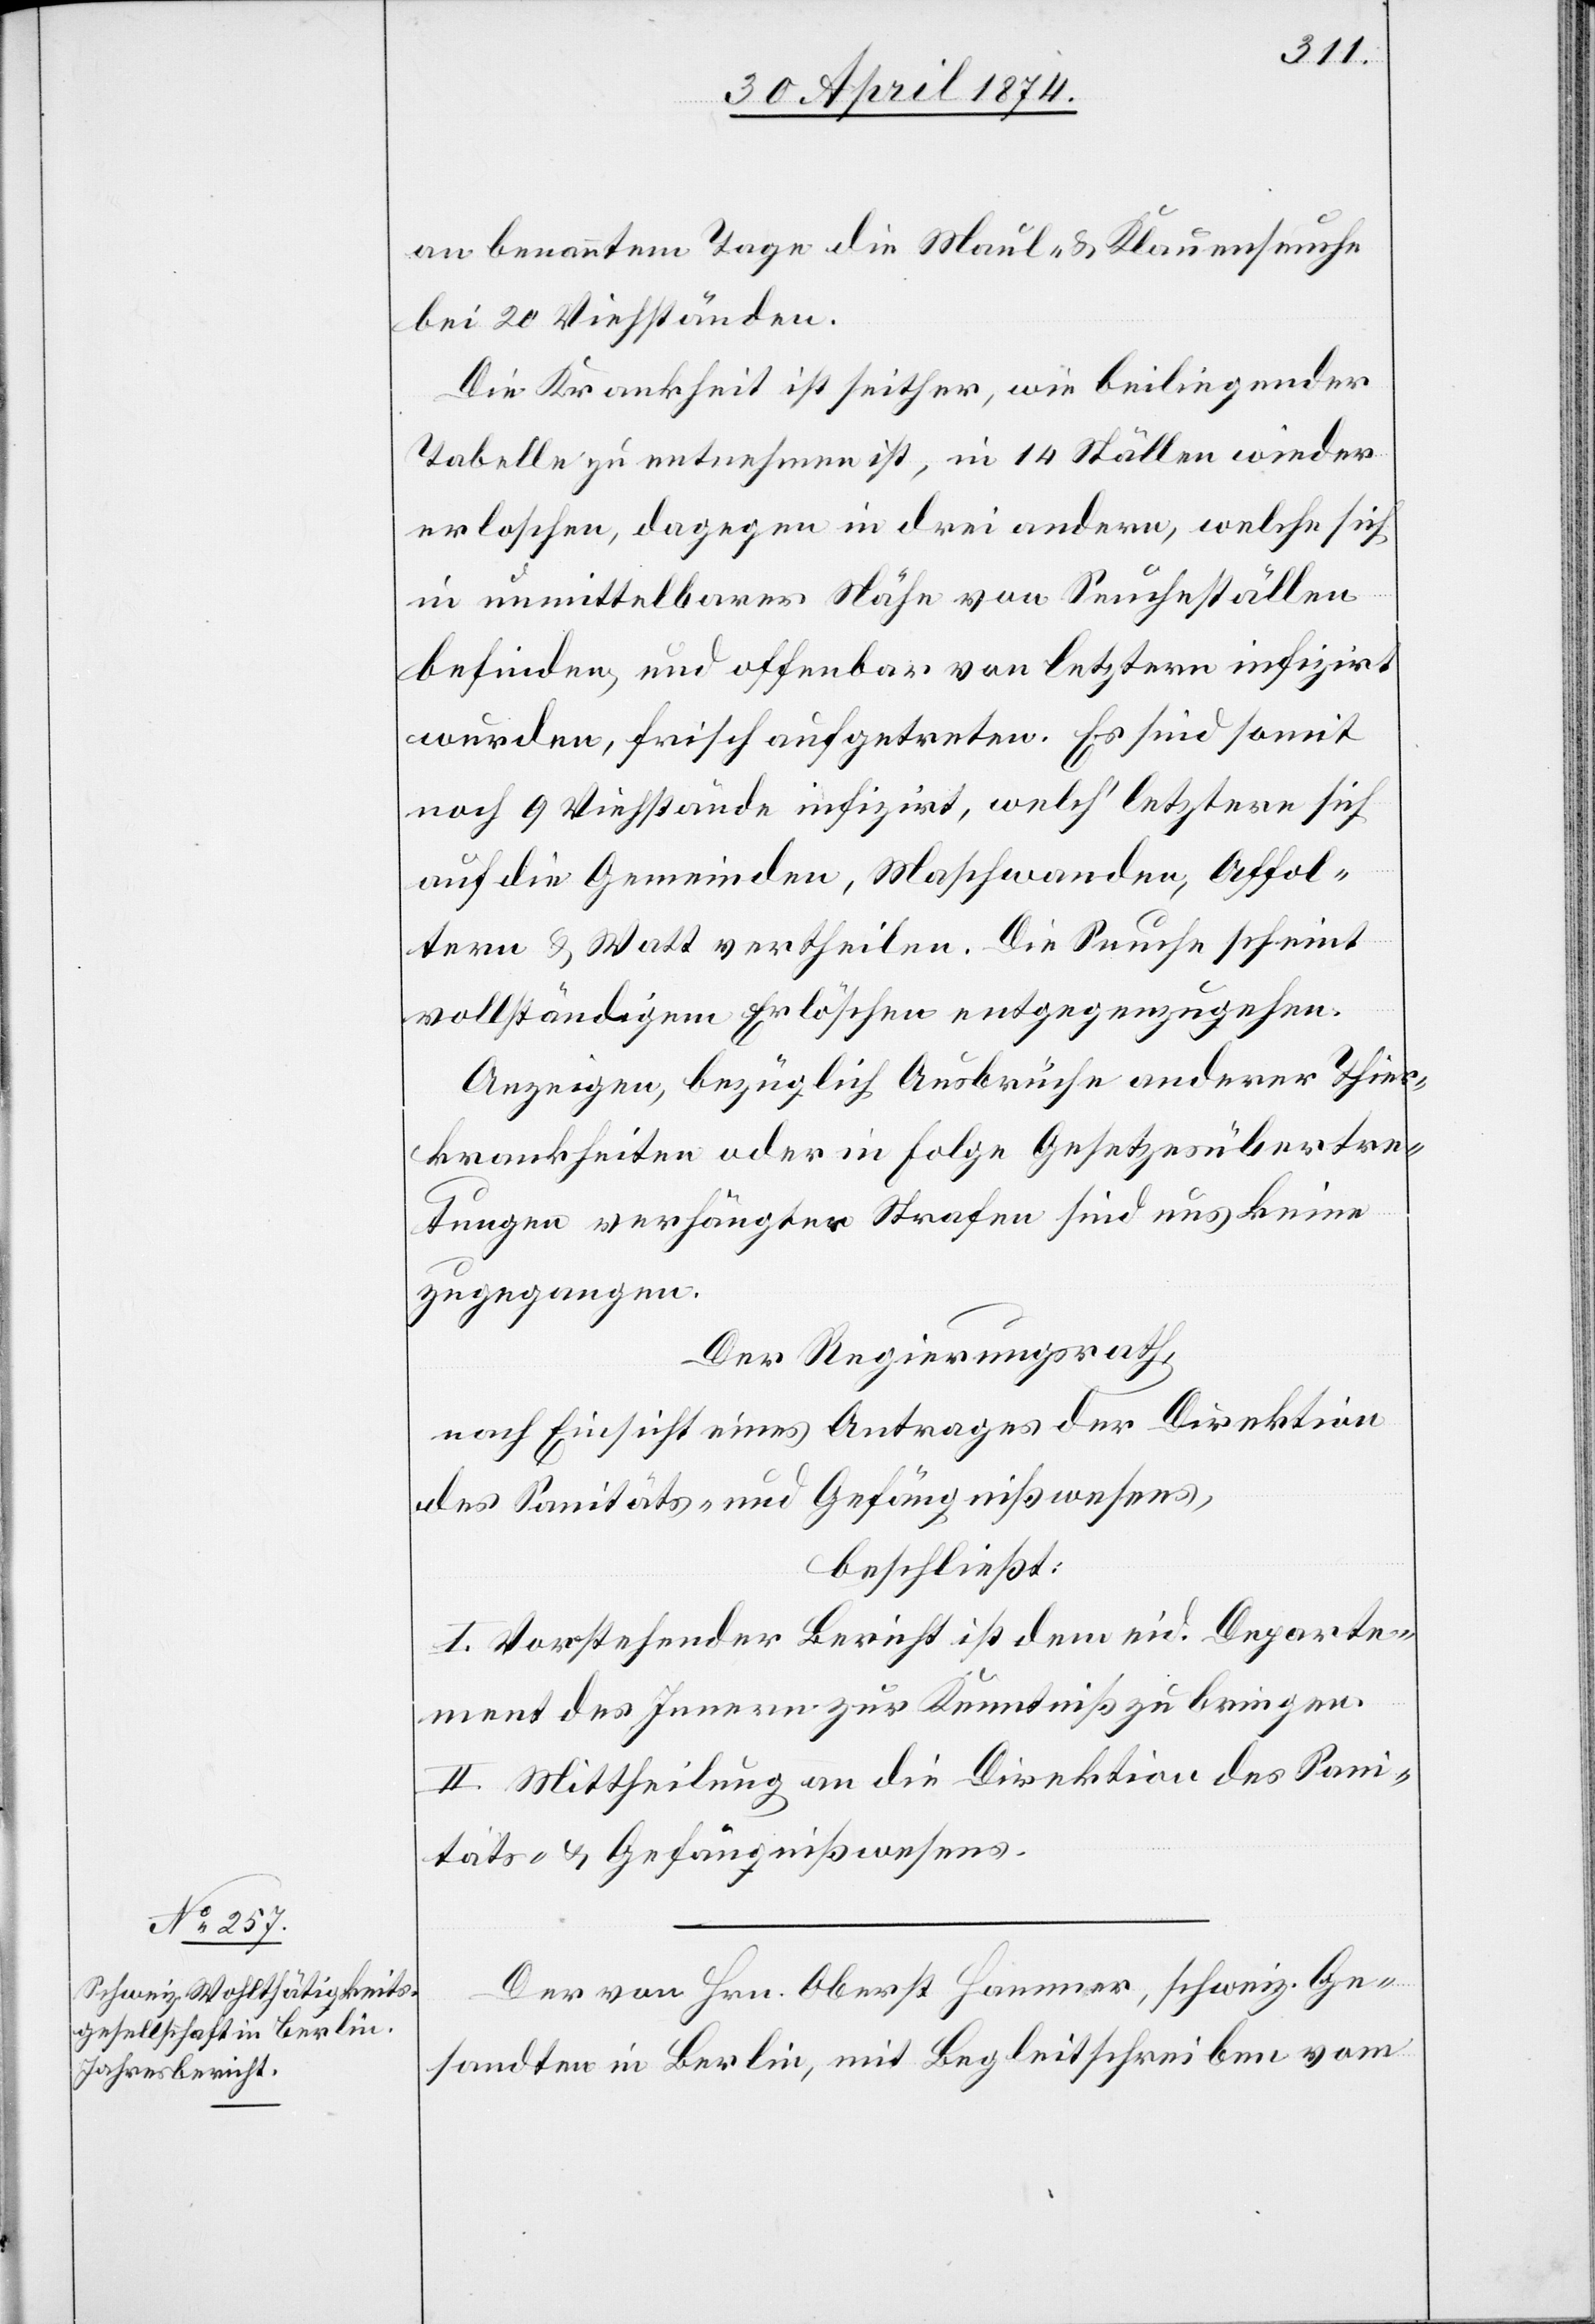
an benanntem Tage die Maul- u. Klauenseuche
bei 20 Viehständen.
Die Krankheit ist seither, wie beiliegender
Tabelle zu entnehmen ist, in 14 Ställen wieder
erloschen, dagegen in drei andern, welche sich
in unmittelbarer Nähe von Seucheställen
befinden, und offenbar von letztern infizirt
wurden, frisch aufgetreten. Es sind somit
noch 9 Viehstände infizirt, welch’ letztere sich
auf die Gemeinden, Maschwanden, Affol¬
tern u. Watt vertheilen. Die Seuche scheint
vollständigem Erlöschen entgegenzugehen.
Anzeigen, bezüglich Ausbrüche anderer Thier¬
krankheiten oder in Folge Gesetzesübertre¬
tungen verhängter Strafen sind uns keine
zugegangen.
Der Regierungsrath,
nach Einsicht eines Antrages der Direktion
des Sanitäts- und Gefängnißwesens,
beschließt:
I. Vorstehender Bericht ist dem eid. Departe¬
ment des Innern zur Kenntniß zu bringen.
II. Mittheilung an die Direktion des Sani¬
täts- u. Gefängnißwesens.
Der von Hern. Oberst Hammer, schweiz. Ge¬
sandten in Berlin, mit Begleitschreiben vom